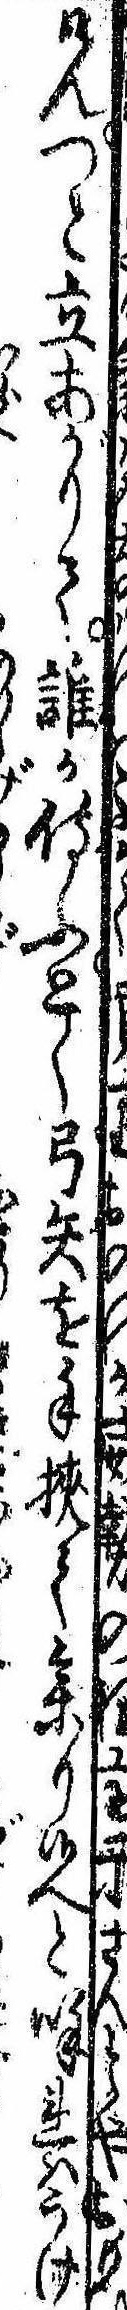
けんつと立あがりて誰か侍ふとく弓矢を手挟て参り候へと呼ればうけ